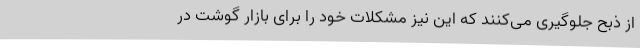
از ذبح جلوگیری می‌کنند که این نیز مشکلات خود را برای بازار گوشت در